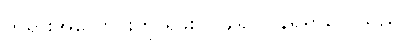
ဘုရားအလောင်းကို ရှိခိုးဝပ်ချ၍ ပြန်ရရှာလေသည်။